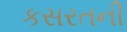
કસરતની